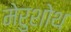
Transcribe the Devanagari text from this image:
मेरुशोथ